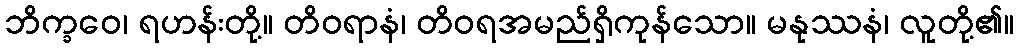
ဘိက္ခဝေ၊ ရဟန်းတို့။ တိဝရာနံ၊ တိဝရအမည်ရှိကုန်သော။ မနုဿနံ၊ လူတို့၏။